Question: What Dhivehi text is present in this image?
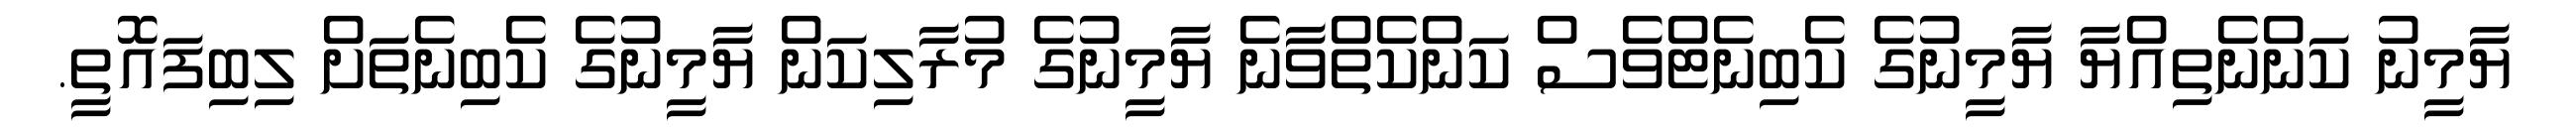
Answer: ޔާމީނު ކަންނެތިއްޔާ ޔާމީނުގެ ކެބިނެޓްވެސް ކަންކެތްވާނެ ޔާމީނުގެ މުރާލިކަން ޔާމީނުގެ ކެބިނެތަށް ލިބިފައޮތީ.